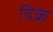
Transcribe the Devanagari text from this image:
विक्रे